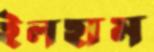
ইলহাম